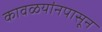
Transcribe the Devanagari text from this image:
कावळयांनपासून